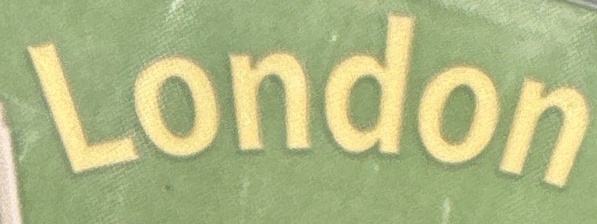
London